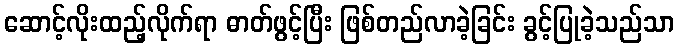
ဆောင့်လိုးထည့်လိုက်ရာ ဓာတ်ဖွင့်ပြီး ဖြစ်တည်လာခဲ့ခြင်း ခွင့်ပြုခဲ့သည်သာ